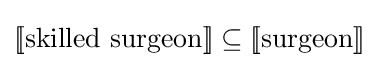
[\![{\text{skilled surgeon}}]\!]\subseteq [\![{\text{surgeon}}]\!]